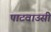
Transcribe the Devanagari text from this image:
पाटवाउसी